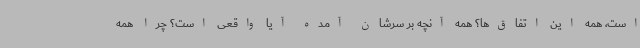
است، همه این اتفاق‌ها؟ همه آنچه بر سرشان آمده آیا واقعی است؟ چرا همه